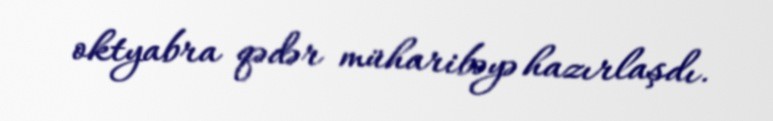
oktyabra qədər müharibəyə hazırlaşdı.